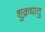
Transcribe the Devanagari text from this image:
शुक्रधातु